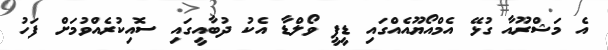
އެ މަޝްރޫއާ ގުޅޭ އެމްއޯޔޫއެއްގައި ޑީޕީ ވޯލްޑާ އެކު ދުބާއީގައި ސޮއިކުރެއްވުމަށް ފަހު